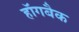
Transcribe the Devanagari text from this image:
हॉगबैक